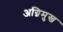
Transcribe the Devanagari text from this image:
अग्निमुख